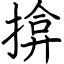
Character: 揜